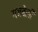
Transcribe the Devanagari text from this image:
गजबेली